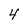
Character: 4